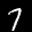
Label: 7